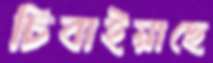
চিবাইয়াছে